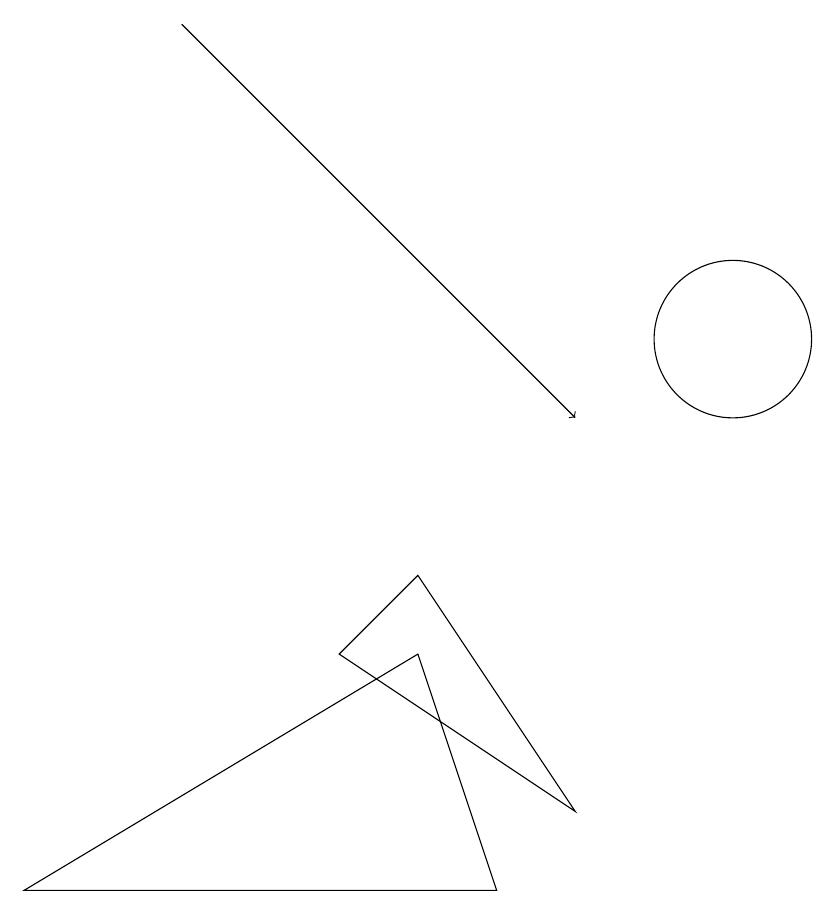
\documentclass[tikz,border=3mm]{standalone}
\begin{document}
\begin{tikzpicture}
\draw[->] (3,15) -- (8,10);
\draw (10,11) circle (1);
\draw (7,4) -- (1,4) -- (6,7) -- cycle;
\draw (8,5) -- (5,7) -- (6,8) -- cycle;
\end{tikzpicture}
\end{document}